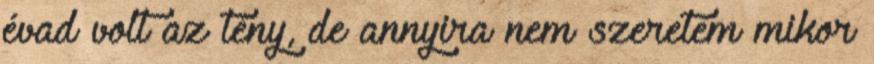
évad volt az tény, de annyira nem szeretem mikor